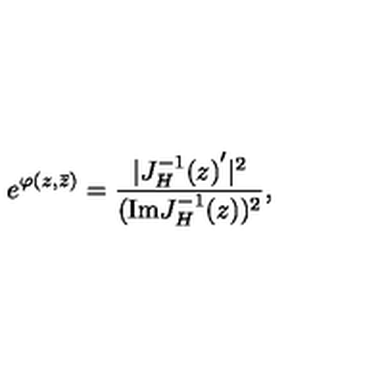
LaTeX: e ^ { \varphi ( z , \bar { z } ) } = { \frac { | { J _ { H } ^ { - 1 } ( z ) } ^ { \prime } | ^ { 2 } } { ( \mathrm { I m } J _ { H } ^ { - 1 } ( z ) ) ^ { 2 } } } ,